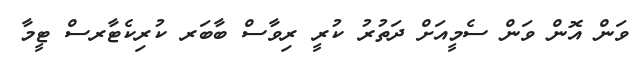
ވަން އޮން ވަން ސެމީއަށް ދަތުރު ކުރީ ރިވާސް ބާބަރ ކުރިކެޓާރސް ޓީމާ